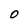
Character: O